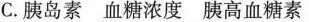
C.胰岛素 血糖浓度 胰高血糖素